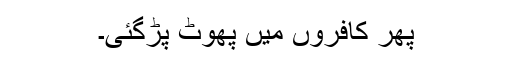
پھر کافروں میں پھوٹ پڑگئی۔